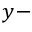
y -